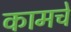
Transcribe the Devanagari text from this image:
कामचे